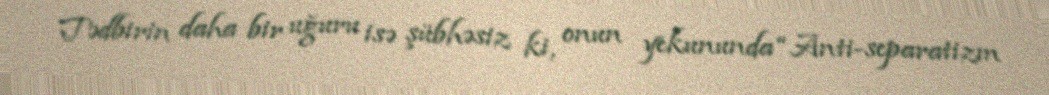
Tədbirin daha bir uğuru isə şübhəsiz ki, onun yekununda “Anti-separatizm